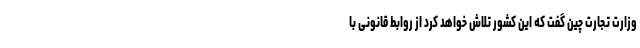
وزارت تجارت چین گفت که این کشور تلاش خواهد کرد از روابط قانونی با